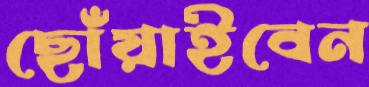
ছোঁয়াইবেন